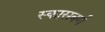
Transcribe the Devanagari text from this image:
स्कासबर्ग